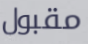
مقبول